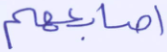
أصابعهم